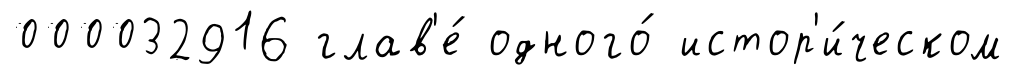
000032916 глав'е́ одного́ истор'и́ческом